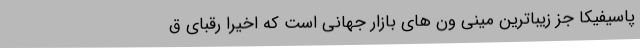
پاسیفیکا جز زیباترین مینی ون های بازار جهانی است که اخیرا رقبای ق